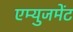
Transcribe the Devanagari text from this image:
एम्‍युजमेंट